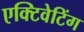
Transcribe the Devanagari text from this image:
एक्टिवेटिंग